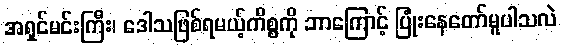
အရှင်မင်းကြီး၊ ဒေါသဖြစ်ရမယ့်ကိစ္စကို ဘာကြောင့် ပြုံးနေတော်မူပါသလဲ